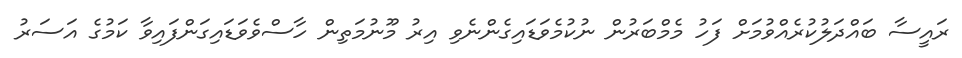
ރައީސާ ބައްދަލުކުރެއްވުމަށް ފަހު މެމްބަރުން ނުކުމެވަޑައިގެންނެވި އިރު މޫނުމަތިން ހާސްވެވަޑައިގަންފައިވާ ކަމުގެ އަސަރު